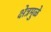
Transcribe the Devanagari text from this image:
क्षेत्रमुळे